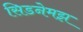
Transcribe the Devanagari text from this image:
सिडनेमझ